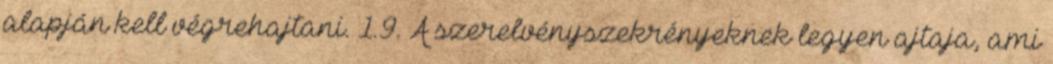
alapján kell végrehajtani. 1.9. A szerelvényszekrényeknek legyen ajtaja, ami